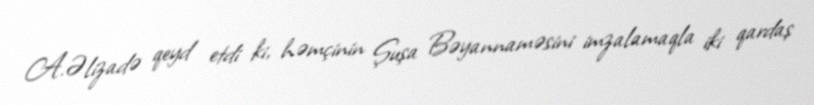
A.Əlizadə qeyd etdi ki, həmçinin Şuşa Bəyannaməsini imzalamaqla iki qardaş